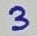
Text: 3